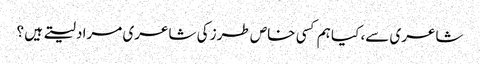
شاعری سے، کیا ہم کسی خاص طرز کی شاعری مراد لیتے ہیں ؟